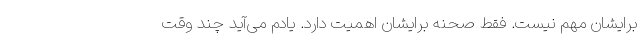
برایشان مهم نیست. فقط صحنه برایشان اهمیت دارد. یادم می‌آید چند وقت